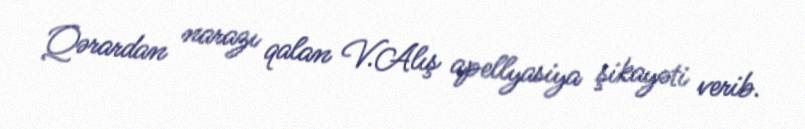
Qərardan narazı qalan V.Alış apellyasiya şikayəti verib.